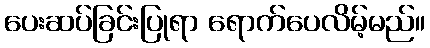
ပေးဆပ်ခြင်းပြုရာ ရောက်ပေလိမ့်မည်။